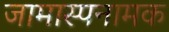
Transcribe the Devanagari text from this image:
जामास्पनामक